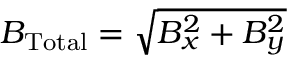
B _ { \mathrm { T o t a l } } = \sqrt { B _ { x } ^ { 2 } + B _ { y } ^ { 2 } }